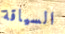
السياقة